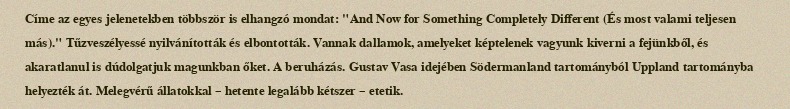
Címe az egyes jelenetekben többször is elhangzó mondat: "And Now for Something Completely Different (És most valami teljesen más)." Tűzveszélyessé nyilvánították és elbontották. Vannak dallamok, amelyeket képtelenek vagyunk kiverni a fejünkből, és akaratlanul is dúdolgatjuk magunkban őket. A beruházás. Gustav Vasa idejében Södermanland tartományból Uppland tartományba helyezték át. Melegvérű állatokkal – hetente legalább kétszer – etetik.